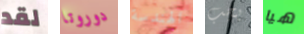
لقد دوروتا الهندسة يجب هيا